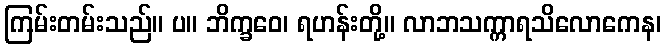
ကြမ်းတမ်းသည်။ ပ။ ဘိက္ခဝေ၊ ရဟန်းတို့။ လာဘသက္ကာရသိလောကေန၊